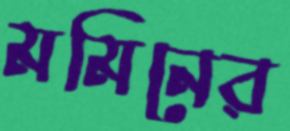
মমিনের